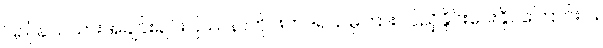
ပြည်နယ်သားအချင်းချင်းပြဿနာကို ဖက်ဒရယ်မှကြားဝင်ညှိနှိုင်းပေးနိုင်ကြောင်းပါ။